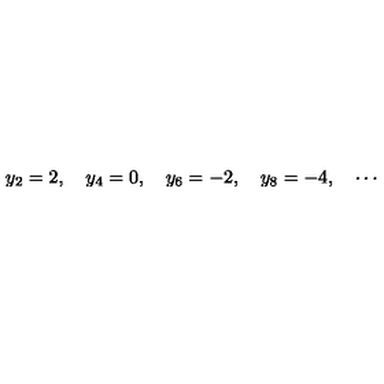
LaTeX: y _ { 2 } = 2 , \quad y _ { 4 } = 0 , \quad y _ { 6 } = - 2 , \quad y _ { 8 } = - 4 , \quad \cdots